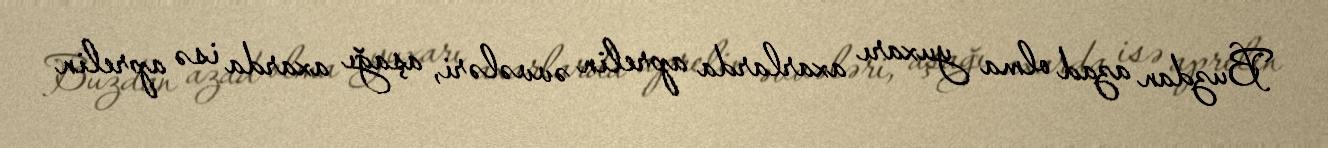
Buzdan azad olma yuxarı axarlarda aprelin əvvələri, aşağı axarda isə aprelin